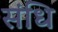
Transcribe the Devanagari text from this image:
संधि